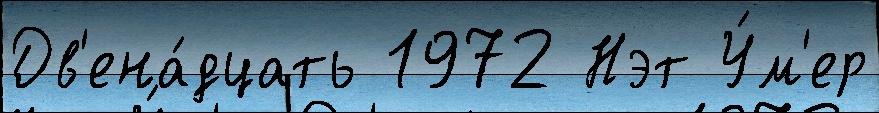
Дв'ена́дцать 1972 Нэт У́м'ер